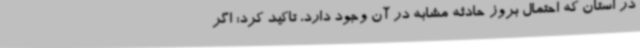
در استان که احتمال بروز حادثه مشابه در آن وجود دارد، تاکید کرد: اگر